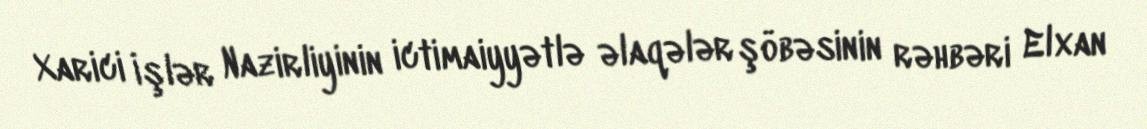
Xarici İşlər Nazirliyinin ictimaiyyətlə əlaqələr şöbəsinin rəhbəri Elxan